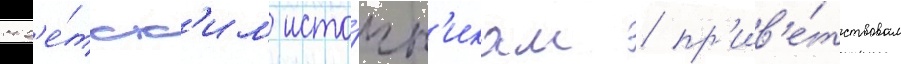
сов'е́тск'им исто́чн'икам / пр'ив'е́тствовал